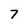
Character: 7